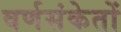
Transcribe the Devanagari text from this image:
वर्णसंकेतों